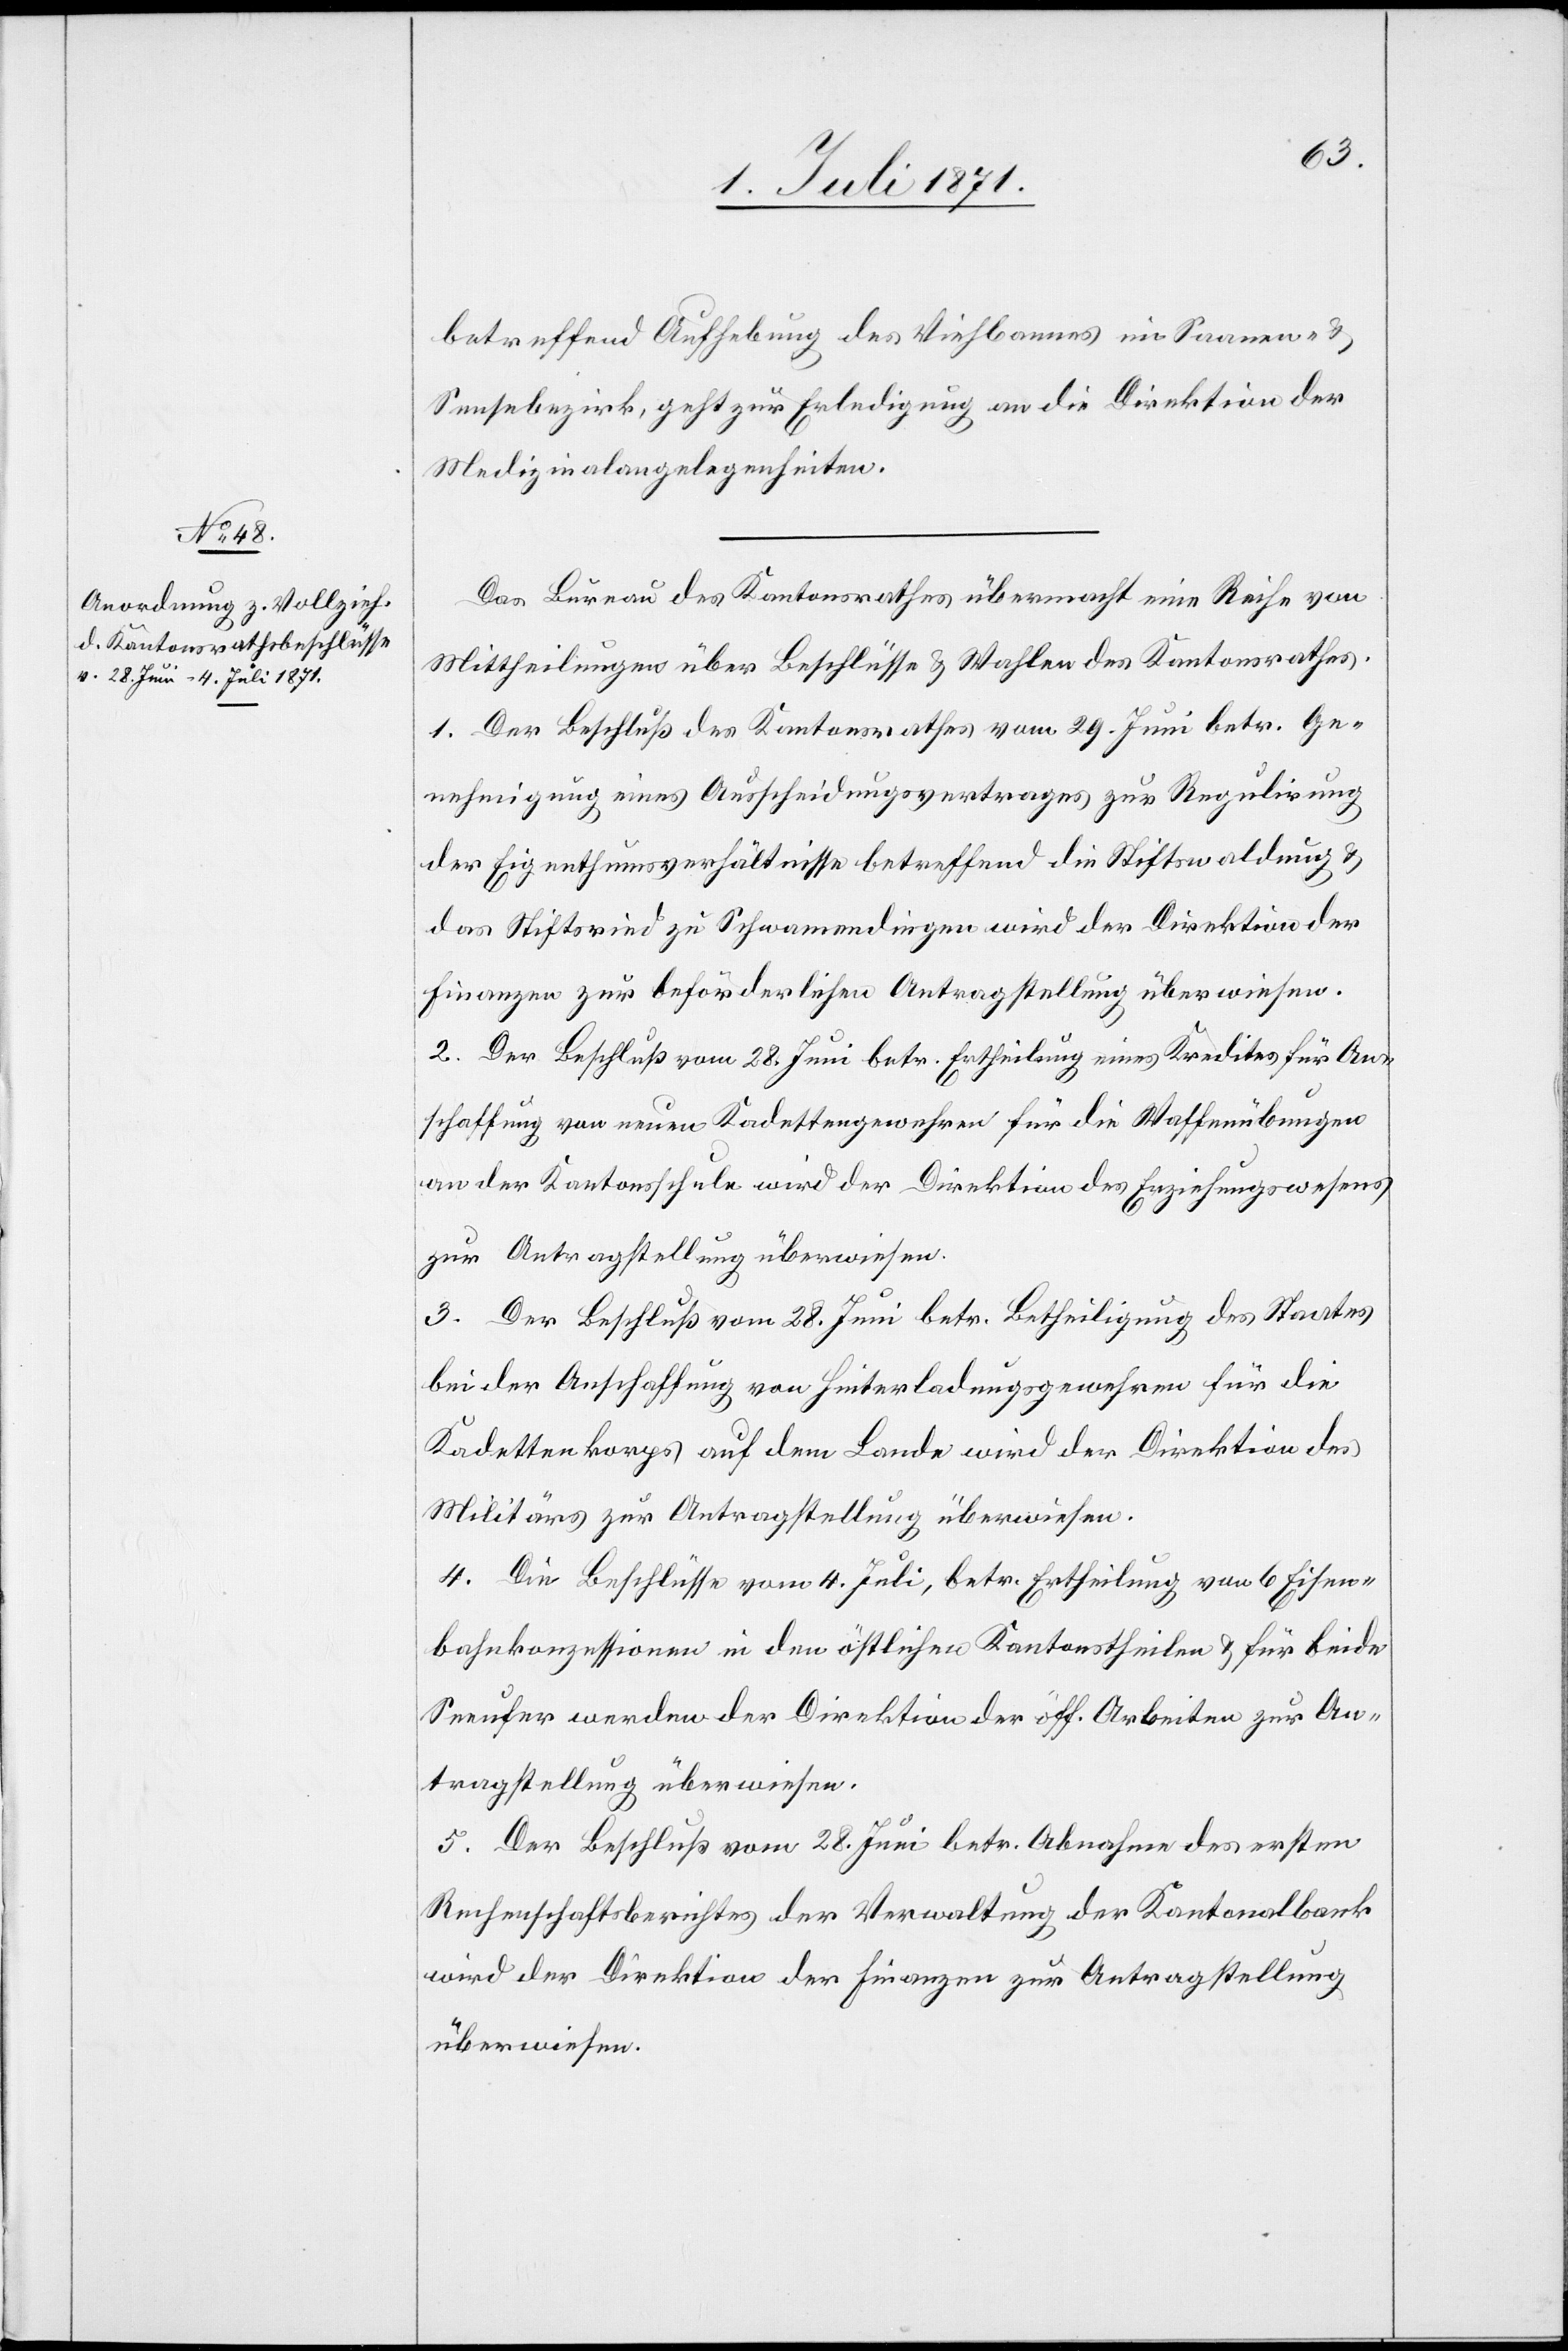
betreffend Aufhebung des Viehbannes im Saanen- u.
Sensebezirk, geht zur Erledigung an die Direktion der
Medizinalangelegenheiten.
Das Bureau des Kantonsrathes übermacht eine Reihe von
Mittheilungen über Beschlüsse u. Wahlen des Kantonsrathes.
1. Der Beschluß des Kantonsrathes vom 29. Juni betr. Ge¬
nehmigung eines Ausscheidungsvertrages zur Regulirung
der Eigenthumsverhältnisse betreffend die Stiftswaldung u.
das Stiftsried zu Schwamendingen wird der Direktion der
Finanzen zur beförderlichen Antragstellung überwiesen.
2. Der Beschluß vom 28. Juni betr. Ertheilung eines Kredites für An¬
schaffung von neuen Kadettengewehren für die Waffenübungen
an der Kantonsschule wird der Direktion des Erziehungswesens
zur Antragstellung überwiesen.
3. Der Beschluß vom 28. Juni betr. Betheiligung des Staates
bei der Anschaffung von Hinterladungsgewehren für die
Kadettenkorps auf dem Lande wird der Direktion des
Militärs zur Antragstellung überwiesen.
4. Die Beschlüsse vom 4. Juli, betr. Ertheilung von 6 Eisen¬
bahnkonzessionen in den östlichen Kantonstheilen u. für beide
Seeufer werden der Direktion der öff. Arbeiten zur An¬
tragstellung überwiesen.
5. Der Beschluß vom 28. Juni betr. Abnahme des ersten
Rechenschaftsberichtes der Verwaltung der Kantonalbank
wird der Direktion der Finanzen zur Antragstellung
überwiesen.